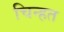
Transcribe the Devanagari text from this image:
चिन्हत